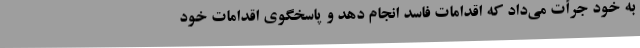
به خود جرأت می‌داد که اقدامات فاسد انجام دهد و پاسخگوی اقدامات خود